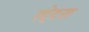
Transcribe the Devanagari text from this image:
स्‍टे्टस